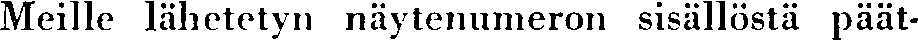
Meille lähetetyn näytenumeron sisällöstä päät-